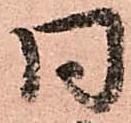
同